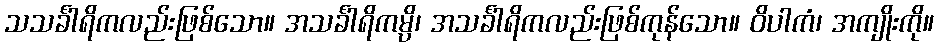
သသင်္ခါရိကလည်းဖြစ်သော။ အသင်္ခါရိကမ္ပိ၊ အသင်္ခါရိကလည်းဖြစ်ကုန်သော။ ဝိပါကံ၊ အကျိုးကို။